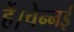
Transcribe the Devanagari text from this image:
हैं।चेन्नई